Insane asylums in Bengal annual reports 1867-1875 - 1867-1875
Year: 1867
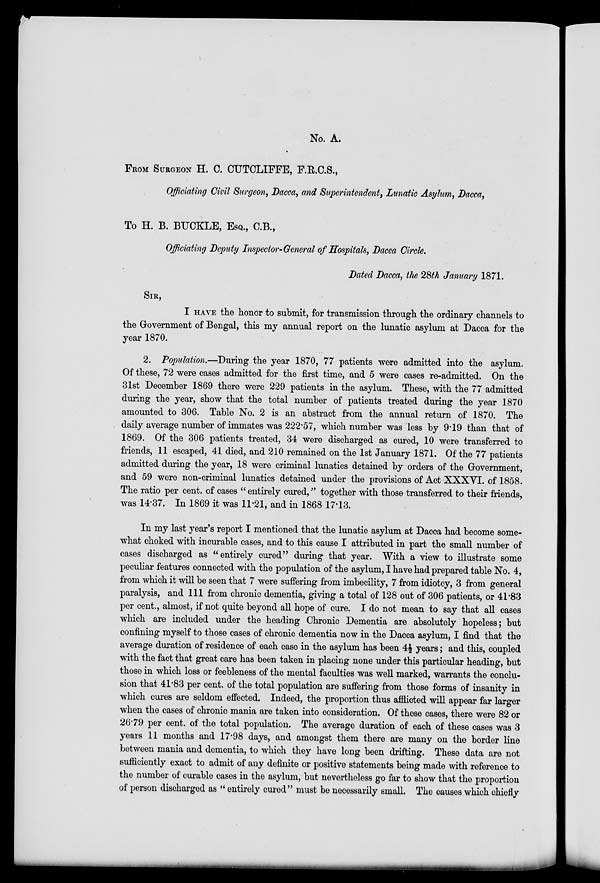
No. A.
FROM SURGEON H. C. CUTCLIFFE, F.R.C.S.,
Officiating Civil Surgeon, Dacca, and Superintendent, Lunatic Asylum, Dacca,
To H. B. BUCKLE, ESQ., C.B.,
Officiating Deputy Inspector-General of Hospitals, Dacca Circle.
Dated Dacca, the 28th January 1871.
SIR,
I HAVE the honor to submit, for transmission through the ordinary channels to
the Government of Bengal, this my annual report on the lunatic asylum at Dacca for the
year 1870.
2. Population.—During the year 1870, 77 patients were admitted into the asylum.
Of these, 72 were cases admitted for the first time, and 5 were cases re-admitted. On the
31st December 1869 there were 229 patients in the asylum. These, with the 77 admitted
during the year, show that the total number of patients treated during the year 1870
amounted to 306. Table No. 2 is an abstract from the annual return of 1870. The
daily average number of immates was 222.57, which number was less by 9.19 than that of
1869. Of the 306 patients treated, 34 were discharged as cured, 10 were transferred to
friends, 11 escaped, 41 died, and 210 remained on the 1st January 1871. Of the 77 patients
admitted during the year, 18 were criminal lunatics detained by orders of the Government,
and 59 were non-criminal lunatics detained under the provisions of Act XXXVI. of 1858.
The ratio per cent. of cases "entirely cured," together with those transferred to their friends,
was 14.37. In 1869 it was 11.21, and in 1868 17.13.
In my last year's report I mentioned that the lunatic asylum at Dacca had become some-
what choked with incurable cases, and to this cause I attributed in part the small number of
cases discharged as "entirely cured" during that year. With a view to illustrate some
peculiar features connected with the population of the asylum, I have had prepared table No. 4,
from which it will be seen that 7 were suffering from imbecility, 7 from idiotcy, 3 from general
paralysis, and 111 from chronic dementia, giving a total of 128 out of 306 patients, or 41.83
per cent., almost, if not quite beyond all hope of cure. I do not mean to say that all cases
which are included under the heading Chronic Dementia are absolutely hopeless; but
confining myself to those cases of chronic dementia now in the Dacca asylum, I find that the
average duration of residence of each case in the asylum has been 4½ years; and this, coupled
with the fact that great care has been taken in placing none under this particular heading, but
those in which loss or feebleness of the mental faculties was well marked, warrants the conclu-
sion that 41.83 per cent. of the total population are suffering from those forms of insanity in
which cures are seldom effected. Indeed, the proportion thus afflicted will appear far larger
when the cases of chronic mania are taken into consideration. Of these cases, there were 82 or
26.79 per cent. of the total population. The average duration of each of these cases was 3
years 11 months and 17.98 days, and amongst them there are many on the border line
between mania and dementia, to which they have long been drifting. These data are not
sufficiently exact to admit of any definite or positive statements being made with reference to
the number of curable cases in the asylum, but nevertheless go far to show that the proportion
of person discharged as " entirely cured'' must be necessarily small. The causes which chiefly